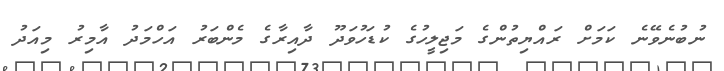
ނުބުނެވޭނެ ކަމަށް ރައްޔިތުންގެ މަޖިލީހުގެ ކުޑަހުވަދޫ ދާއިރާގެ މެންބަރު އަހްމަދު އާމިރު މިއަދު